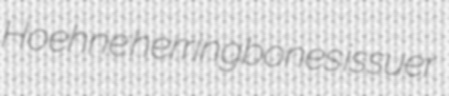
Hoehne herringbones issuer